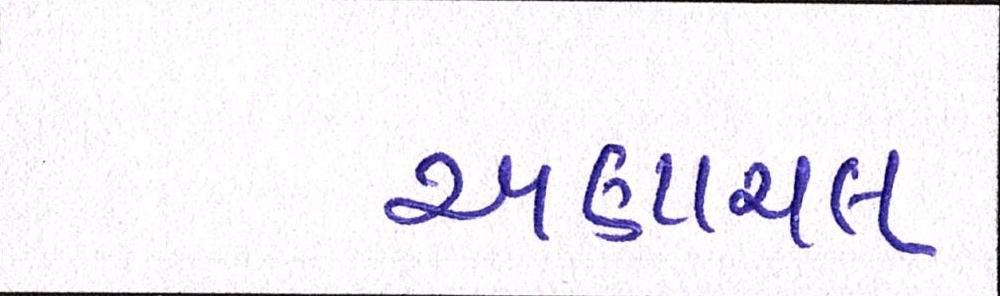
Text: અણાચલ